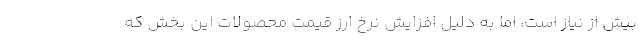
بیش از نیاز است، اما به دلیل افزایش نرخ ارز قیمت محصولات این بخش که